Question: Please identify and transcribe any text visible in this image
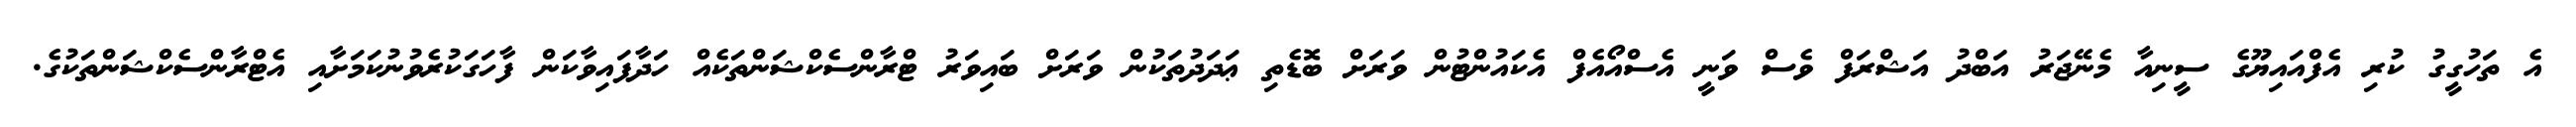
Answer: އެ ތަހުގީގު ކުރި އެފްއައިޔޫގެ ސީނިއާ މެނޭޖަރު އަބްދު އަޝްރަފް ވެސް ވަނީ އެސްއޯއެފް އެކައުންޓުން ވަރަށް ބޮޑެތި ޢަދަދުތަކުން ވަރަށް ބައިވަރު ޓްރާންސެކްޝަންތަކެއް ހަދާފައިވާކަން ފާހަގަކުރެވުނުކަމަށާއި އެޓްރާންސެކްޝަންތަކުގެ.